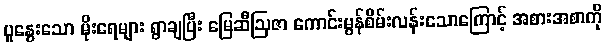
ပူနွေးသော မိုးရေများ ရွာချပြီး မြေဆီဩဇာ ကောင်းမွန်စိမ်းလန်းသောကြောင့် အစားအစာကို